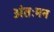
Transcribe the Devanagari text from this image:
अंतःमन